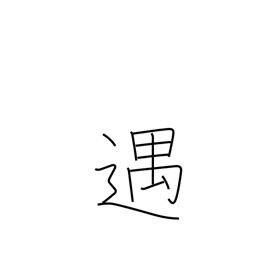
Meaning: entertain